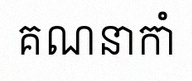
គណនាកាំ